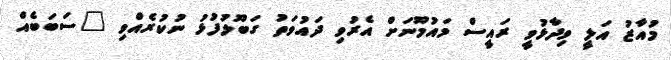
މުއާޒު އަލީ ވިދާޅުވީ ރައީސް މައުމޫނަށް އެރުވި ދައުވަތު ގަބޫލުފުޅު ނުކުރެއްވި "ސަބަބެއް